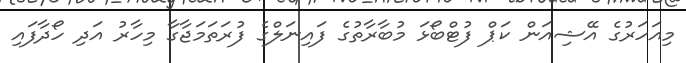
މިއަހަރުގެ އޭޝިއަން ކަޕް ފުޓްބޯޅަ މުބާރާތުގެ ފައިނަލްގެ ފުރަތަމަޖާގާ މިހާރު އަދި ހޯދާފައި